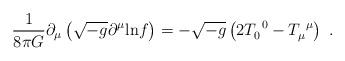
LaTeX: \begin{align*}\frac{1}{8 \pi G}\partial_\mu \left( \sqrt{-g} \partial^\mu {\rm ln} f \right) = - \sqrt{-g} \left( 2 T_0^{\ 0} - T_\mu^{\ \mu} \right)\ . \end{align*}